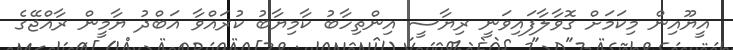
އީޔޫއިން މިކަމަށް ގޮވާލާފައިވަނީ ރިޔާސީ އިންތިހާބު ކާމިޔާބު ކުރައްވާ އަބްދު ޔާމީން ރާއްޖޭގެ